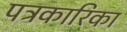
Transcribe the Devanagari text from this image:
पत्रकारिका